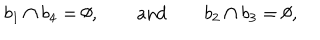
b _ { 1 } \cap b _ { 4 } = \emptyset , \qquad \mathrm { a n d } \qquad b _ { 2 } \cap b _ { 3 } = \emptyset ,